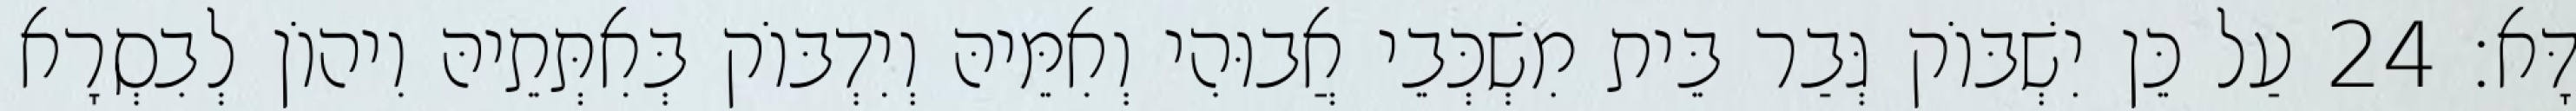
דָּא׃ 24 עַל כֵּן יִשְׁבּוֹק גְּבַר בֵּית מִשְׁכְּבֵי אֲבוּהִי וְאִמֵּיהּ וְיִדְבּוֹק בְּאִתְּתֵיהּ וִיהוֹן לְבִסְרָא